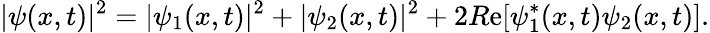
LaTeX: |\psi(x,t)|^{2}=|\psi_{1}(x,t)|^{2}+|\psi_{2}(x,t)|^{2}+2R\mathrm{e}[\psi_{1}^{*}(x,t)\psi_{2}(x,t)].